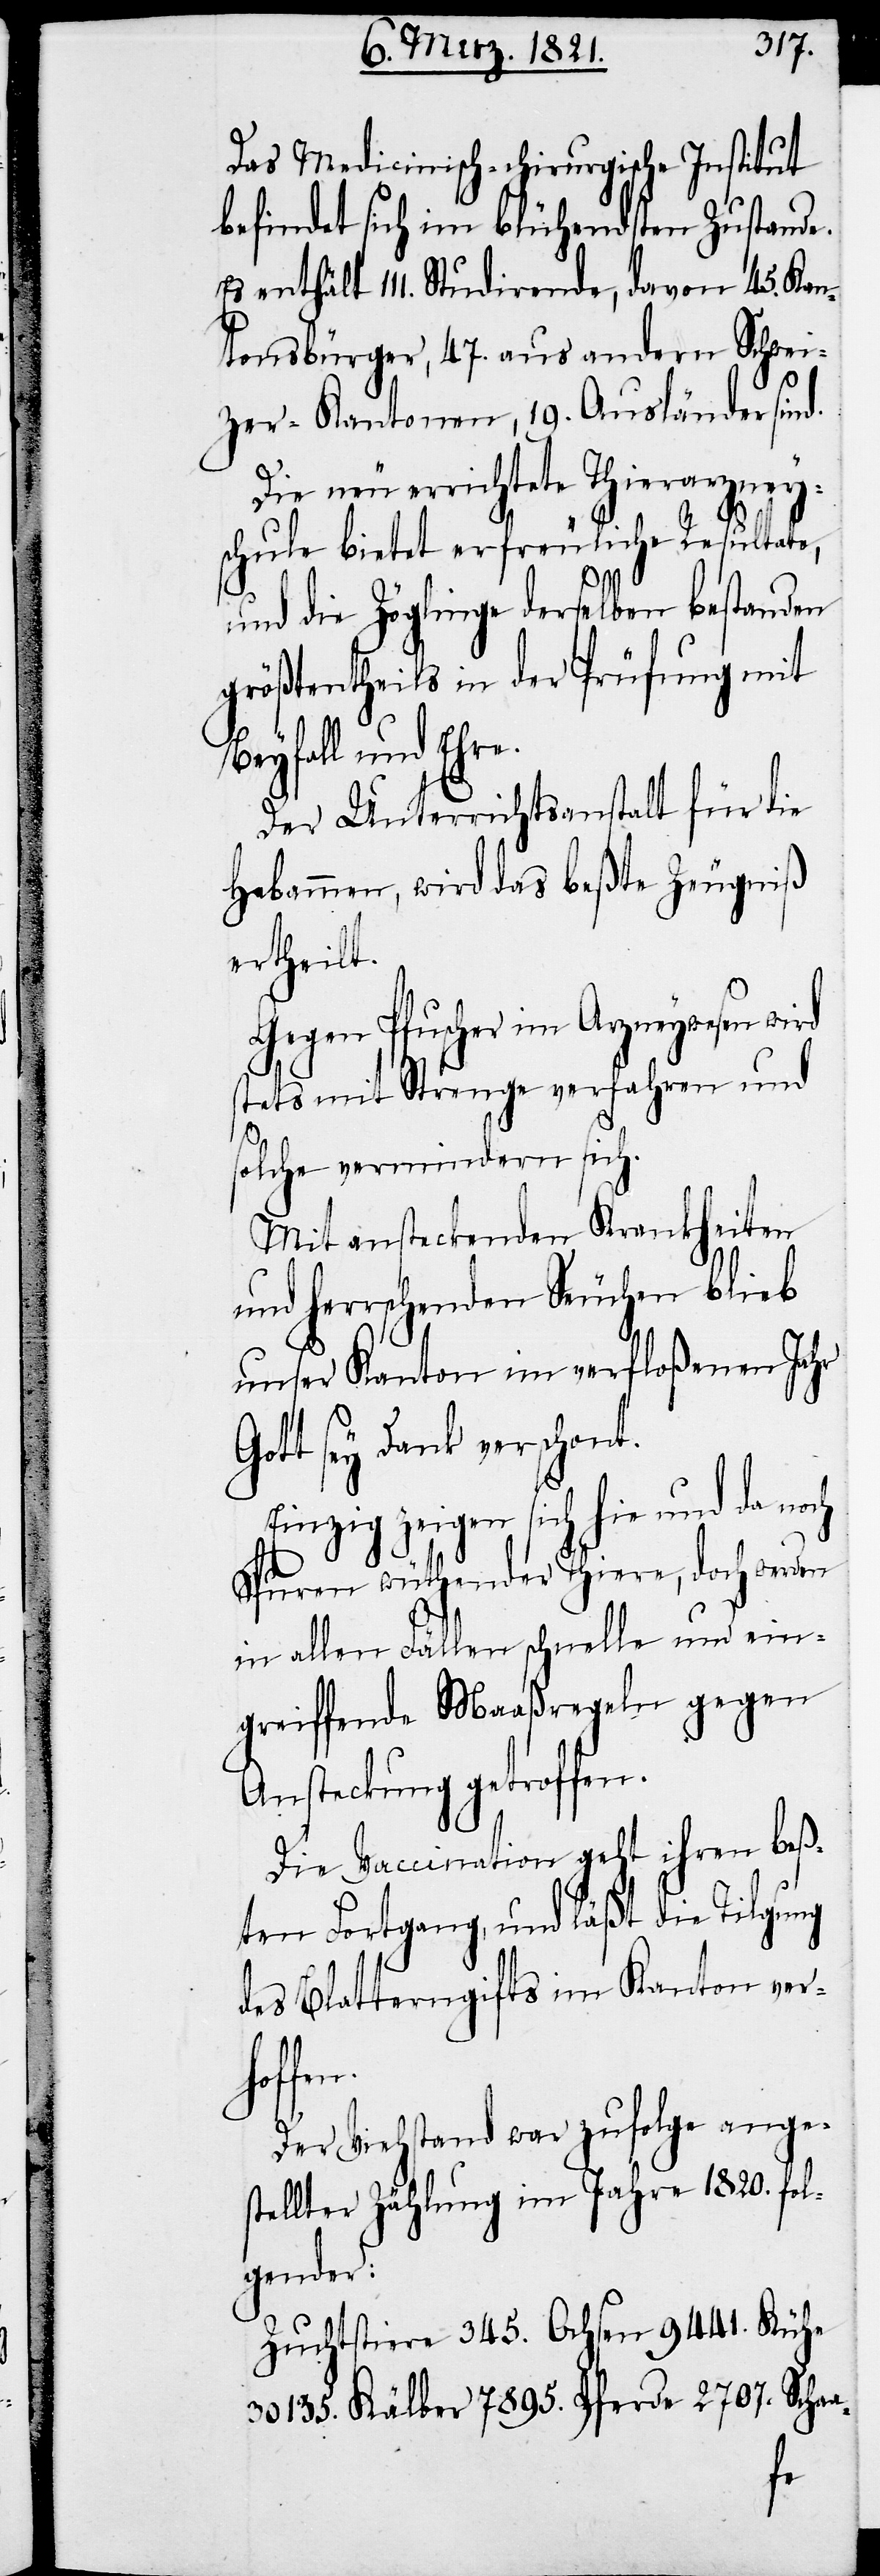
Das medicinisch-chirurgische Institut
befindet sich im blühendsten Zustande.
Es enthält 111. Studirende, davon 45. Kan¬
tonsbürger, 47. aus andern Schwei¬
zer-Kantonen, 19. Ausländer sind.
Die neu errichtete Thierarzney¬
schule bietet erfreuliche Resultate,
und die Zöglinge derselben bestanden
größtentheils in der Prüfung mit
Beyfall und Ehre.
Der Unterrichtsanstalt für die
Hebammen, wird das beßte Zeugniß
ertheilt.
Gegen Pfuscher im Arzneywesen wird
stets mit Strenge verfahren und
solche vermindern sich.
Mit ansteckenden Krankheiten
und herrschenden Seuchen blieb
unser Kanton im verfloßenen Jahr
Gott sey Dank verschont.
Einzig zeigen sich hie und da noch
Spuren wüthender Thiere, doch werden
in allen Fällen schnelle und ein¬
greiffende Maaßregeln gegen
Ansteckung getroffen.
Die Vaccination geht ihren beß¬
ten Fortgang, und läßt die Tilgung
des Blatterngifts im Kanton verh¬
offen.
Der Viehstand war zufolge ange¬
stellter Zählung im Jahr 1820. fol¬
gender:
Zuchtstiere 345. Ochsen 9441. Kühe
30 135. Kälber 7895. Pferde 2707. Scha-